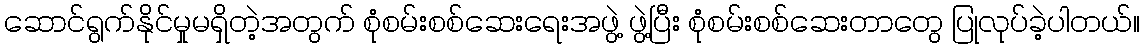
ဆောင်ရွက်နိုင်မှုမရှိတဲ့အတွက် စုံစမ်းစစ်ဆေးရေးအဖွဲ့ ဖွဲ့ပြီး စုံစမ်းစစ်ဆေးတာတွေ ပြုလုပ်ခဲ့ပါတယ်။